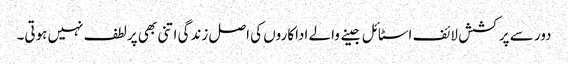
دور سے پرکشش لائف اسٹائل جینے والے اداکاروں کی اصل زندگی اتنی بھی پرلطف نہیں ہوتی۔